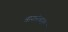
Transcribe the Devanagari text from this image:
तारखेबद्दल